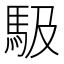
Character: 馺